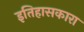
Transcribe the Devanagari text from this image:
इतिहासकारा